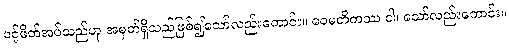
ပင့်ဖိတ်အပ်သည်ဟု အမှတ်ရှိသည်ဖြစ်၍သော်လည်းကောင်း။ ဝေမတိကဿ ဝါ၊ သော်လည်းကောင်း။